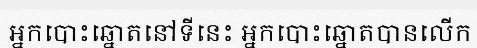
អ្នកបោះឆ្នោតនៅទីនេះ អ្នកបោះឆ្នោតបានលើក